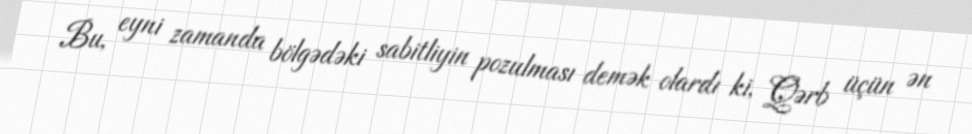
Bu, eyni zamanda bölgədəki sabitliyin pozulması demək olardı ki, Qərb üçün ən